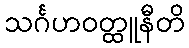
သင်္ဂဟဝတ္ထူနီတိ